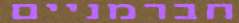
חברמניים